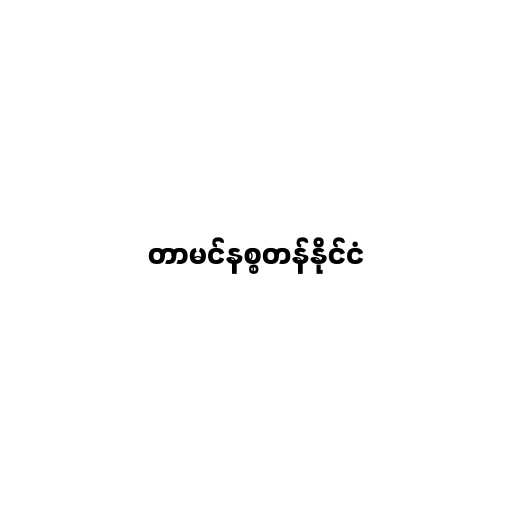
တာမင်နစ္စတန်နိုင်ငံ